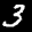
Label: 3